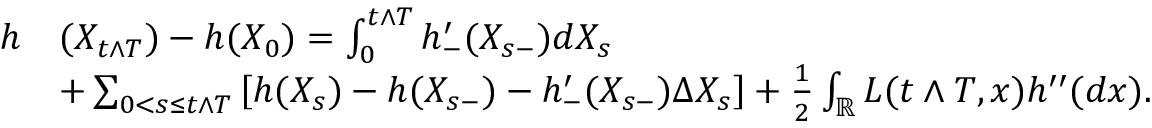
\begin{array} { r l } { h } & { ( X _ { t \wedge T } ) - h ( X _ { 0 } ) = \int _ { 0 } ^ { t \wedge T } h _ { - } ^ { \prime } ( X _ { s - } ) d X _ { s } } \\ & { + \sum _ { 0 < s \leq t \wedge T } \left[ h ( X _ { s } ) - h ( X _ { s - } ) - h _ { - } ^ { \prime } ( X _ { s - } ) \Delta X _ { s } \right] + \frac { 1 } { 2 } \int _ { \mathbb R } L ( t \wedge T , x ) h ^ { \prime \prime } ( d x ) . } \end{array}